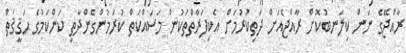
ރާއްޖޭގެ ނަން ކިލަނބުކޮށް ރާއްޖެއަށް ދަތިކުރުމަށް އެކިފަރާތްތަކުން މަސައްކަތް ކުރަމުންގެންދާތީ ކަންކަމުގެ ޙަޤީޤަތް